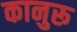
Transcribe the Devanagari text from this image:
कानुरू